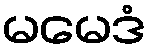
မမေဒံ